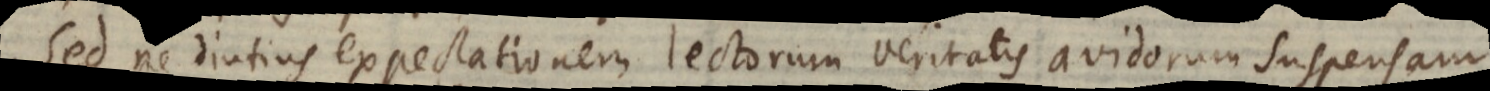
Sed ne diutius expectationem lectorum veritatis avidorum suspensam